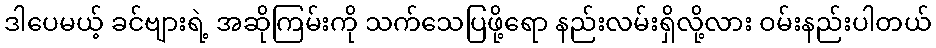
ဒါပေမယ့် ခင်ဗျားရဲ့ အဆိုကြမ်းကို သက်သေပြဖို့ရော နည်းလမ်းရှိလို့လား ဝမ်းနည်းပါတယ်